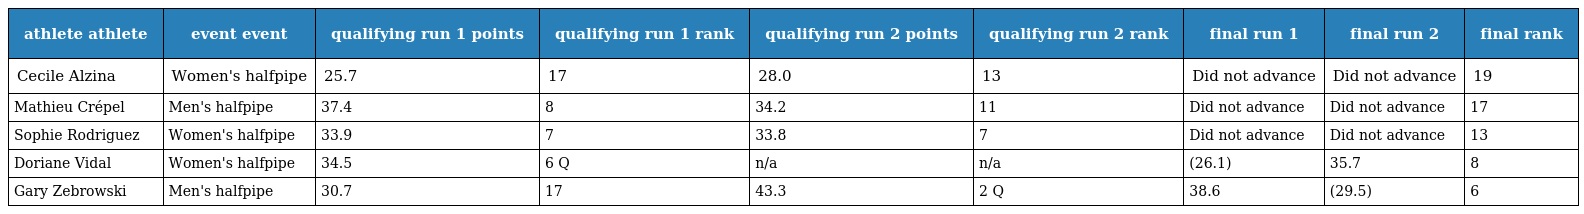
| athlete athlete | event event | qualifying run 1 points | qualifying run 1 rank | qualifying run 2 points | qualifying run 2 rank | final run 1 | final run 2 | final rank |
 | --- | --- | --- | --- | --- | --- | --- | --- | --- |
 | Cecile Alzina | Women's halfpipe | 25.7 | 17 | 28.0 | 13 | Did not advance | Did not advance | 19 |
 | Mathieu Crépel | Men's halfpipe | 37.4 | 8 | 34.2 | 11 | Did not advance | Did not advance | 17 |
 | Sophie Rodriguez | Women's halfpipe | 33.9 | 7 | 33.8 | 7 | Did not advance | Did not advance | 13 |
 | Doriane Vidal | Women's halfpipe | 34.5 | 6 Q | n/a | n/a | (26.1) | 35.7 | 8 |
 | Gary Zebrowski | Men's halfpipe | 30.7 | 17 | 43.3 | 2 Q | 38.6 | (29.5) | 6 |